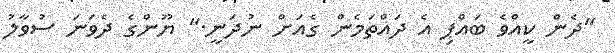
"ދެން ކީއްވެ ބައްޕި އެ ދައްތަމެން ގެއަށް ނުދަނީ." ޔޫންގެ ދެވަނަ ސުވާލު